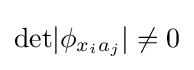
{\text{det}}|\phi _{x_{i}a_{j}}|\neq 0